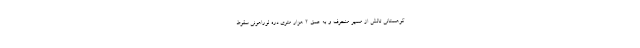
کوهستانی تالش از مسیر منحرف و به عمق ۲ هزار متری دره لوراهونی سقوط